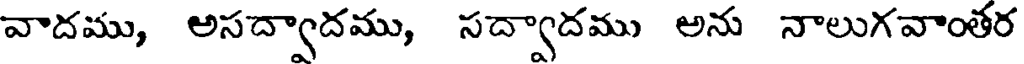
వాదము, అసద్వాదము, సద్వాదము అను నాలుగవాంతర